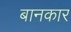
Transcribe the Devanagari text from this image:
बानकार